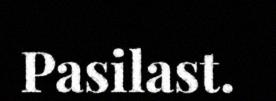
Pasilast.